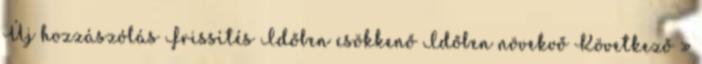
Új hozzászólás Frissítés Időben csökkenő Időben növekvő Következő »